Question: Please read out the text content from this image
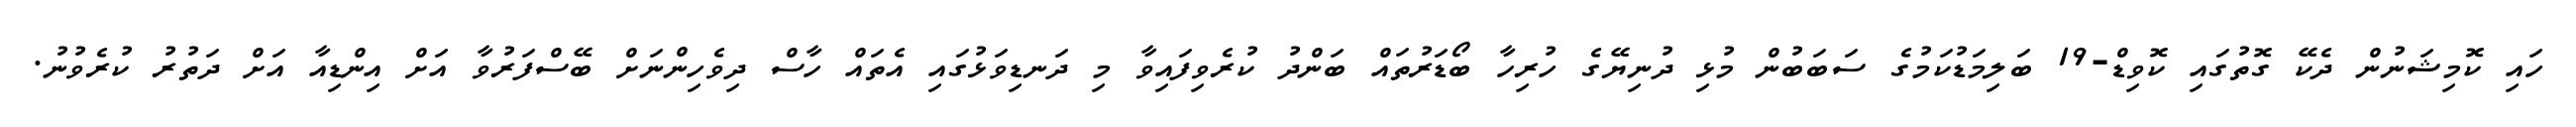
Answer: ހައި ކޮމިޝަނުން ދެކޭ ގޮތުގައި ކޮވިޑް-19 ބަލިމަޑުކަމުގެ ސަބަބުން މުޅި ދުނިޔޭގެ ހުރިހާ ބޯޑަރުތައް ބަންދު ކުރެވިފައިވާ މި ދަނޑިވަޅުގައި އެތައް ހާސް ދިވެހިންނަށް ބޭސްފަރުވާ އަށް އިންޑިއާ އަށް ދަތުރު ކުރެވުނު.